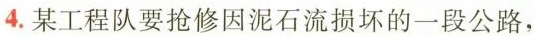
4.某工程队要抢修因泥石流损坏的一段公路，